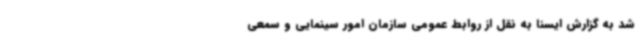
شد به گزارش ایسنا به نقل از روابط عمومی سازمان امور سینمایی و سمعی